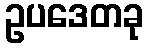
ဥပဒေတခု